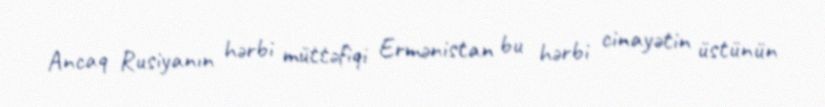
Ancaq Rusiyanın hərbi müttəfiqi Ermənistan bu hərbi cinayətin üstünün